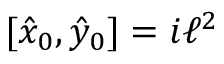
[ \hat { x } _ { 0 } , \hat { y } _ { 0 } ] = i \ell ^ { 2 }